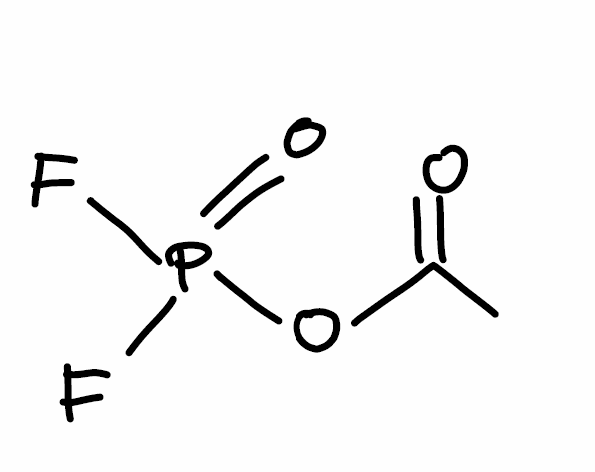
Simplified molecular-input line-entry system (SMILES) notation of the given molecule:
CC(=O)OP(=O)(F)F